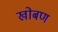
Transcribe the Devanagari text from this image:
खोबण